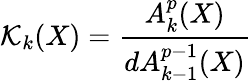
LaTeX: {\mathcal{K}}_{k}(X)={\frac{A_{k}^{p}(X)}{dA_{k-1}^{p-1}(X)}}